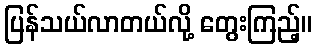
ပြန်သယ်လာတယ်လို့ တွေးကြည့်။